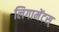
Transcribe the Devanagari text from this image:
लिगामेंटस्